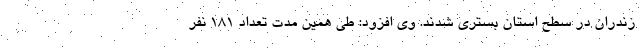
زندران در سطح استان بستری شدند. وی افزود: طی همین مدت تعداد ۱۸۱ نفر